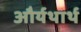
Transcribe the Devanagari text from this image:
और्यथार्थ